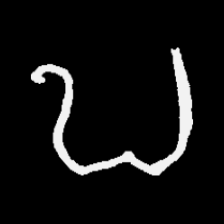
Pyu character \u2014 Myanmar letter: ဎ (romanized: ddha)